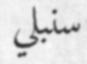
سنبلي